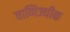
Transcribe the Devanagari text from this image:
वाणिज्यीक